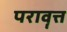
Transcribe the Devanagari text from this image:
परावॄत्त